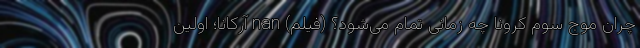
چران موج سوم کرونا چه زمانی تمام می‌شود؟ (فیلم) nan آرکانا؛ اولین